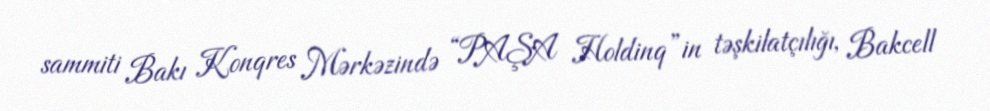
sammiti Bakı Konqres Mərkəzində “PAŞA Holdinq”in təşkilatçılığı, Bakcell